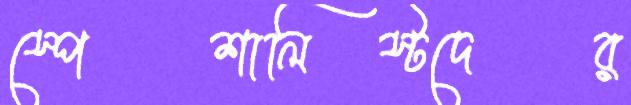
স্পেশালিস্টদের